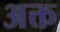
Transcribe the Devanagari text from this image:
अक्त